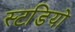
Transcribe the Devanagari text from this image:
स्टडियो